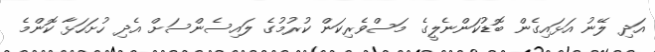
އަދި ލޭނު އަޅައިގެން ބޮޑުކަންނެލީގެ މަސްވެރިކަން ކުރުމުގެ ލައިސެންސަށް އެދި ހުށަހަޅާ ކޮންމެ